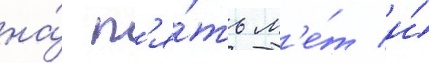
на́ п'я́ть л'е́т и́